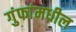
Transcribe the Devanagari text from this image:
गुंफांमधील